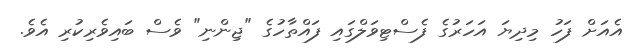
އެއަށް ފަހު މިދިޔަ އަހަރުގެ ފެސްޓިވަލްގައި ފައްތާހުގެ "ޖިންނި" ވެސް ބައިވެރިކުރި އެވެ.